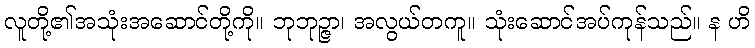
လူတို့၏အသုံးအဆောင်တို့ကို။ ဘုဘုဉ္ဇာ၊ အလွယ်တကူ။ သုံးဆောင်အပ်ကုန်သည်။ န ဟိ